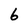
Character: 6